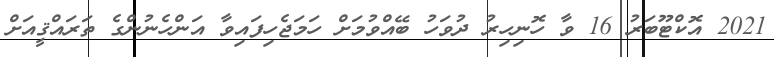
2021 އޮކްޓޫބަރު 16 ވާ ހޮނިހިރު ދުވަހު ބޭއްވުމަށް ހަމަޖެހިފައިވާ އަންހެނުންގެ ތަރައްޤީއަށް